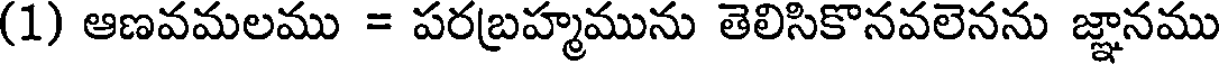
(1) ఆణవమలము = పరబ్రహ్మమును తెలిసికొనవలెనను జ్ఞానము